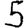
Digit: 5